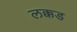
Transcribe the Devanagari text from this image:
लक्कड